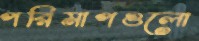
পরিমাপগুলো